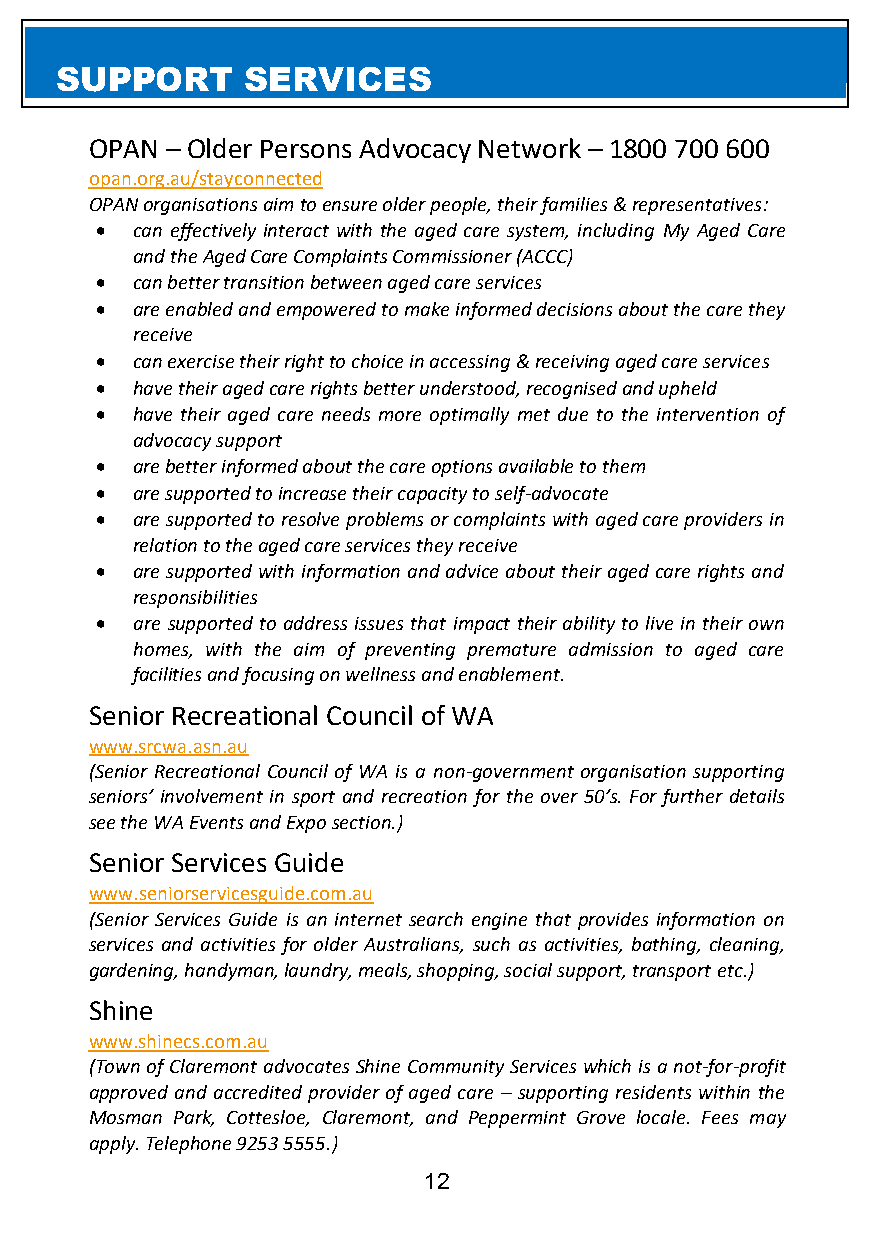
SUPPORT     SERVICES
 OPAN – Older Persons Advocacy Network – 1800 700 600
 opan.org.au/stayconnected
 OPAN organisations aim to ensure older people, their families & representatives:
 •  can effectively interact with the aged care system, including My Aged Care
 and the Aged Care Complaints Commissioner (ACCC)
 •  can better transition between aged care services
 •  are enabled and empowered to make informed decisions about the care they
 receive
 •  can exercise their right to choice in accessing & receiving aged care services
 •  have their aged care rights better understood, recognised and upheld
 •  have their aged care needs more optimally met due to the intervention of
 advocacy support
 •  are better informed about the care options available to them
 •  are supported to increase their capacity to self-advocate
 •  are supported to resolve problems or complaints with aged care providers in
 relation to the aged care services they receive
 •  are supported with information and advice about their aged care rights and
 responsibilities
 •  are supported to address issues that impact their ability to live in their own
 homes, with the aim of preventing premature admission to aged care
 facilities and focusing on wellness and enablement.
 Senior Recreational Council of WA
 www.srcwa.asn.au
 (Senior Recreational Council of WA is a non-government organisation supporting
 seniors’ involvement in sport and recreation for the over 50’s. For further details
 see the WA Events and Expo section.)
 Senior Services Guide
 www.seniorservicesguide.com.au
 (Senior Services Guide is an internet search engine that provides information on
 services and activities for older Australians, such as activities, bathing, cleaning,
 gardening, handyman, laundry, meals, shopping, social support, transport etc.)
 Shine
 www.shinecs.com.au
 (Town of Claremont advocates Shine Community Services which is a not-for-profit
 approved and accredited provider of aged care – supporting residents within the
 Mosman Park, Cottesloe, Claremont, and Peppermint Grove locale. Fees may
 apply. Telephone 9253 5555.)
 12